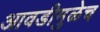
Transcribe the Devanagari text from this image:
आवडीमुळेच